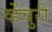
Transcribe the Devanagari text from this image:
व्हेंचुरी